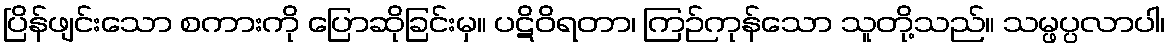
ပြိန်ဖျင်းသော စကားကို ပြောဆိုခြင်းမှ။ ပဋိဝိရတာ၊ ကြဉ်ကုန်သော သူတို့သည်။ သမ္ဖပ္ပလာပါ၊